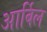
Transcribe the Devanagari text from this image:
आर्बिल